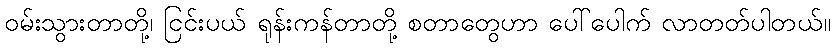
ဝမ်းသွားတာတို့၊ ငြင်းပယ် ရုန်းကန်တာတို့ စတာတွေဟာ ပေါ်ပေါက် လာတတ်ပါတယ်။